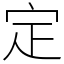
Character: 定